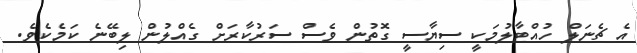
އެ ޗެނަލް ހުއްޓާލުމަކީ ސިޔާސީ ގޮތުން ވެސް ސަރުކާރަށް ގެއްލުން ލިބޭނެ ކަމެކެވެ.